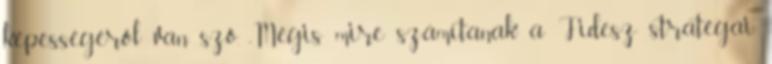
képességéről van szó. „Mégis mire számítanak a Fidesz stratégái